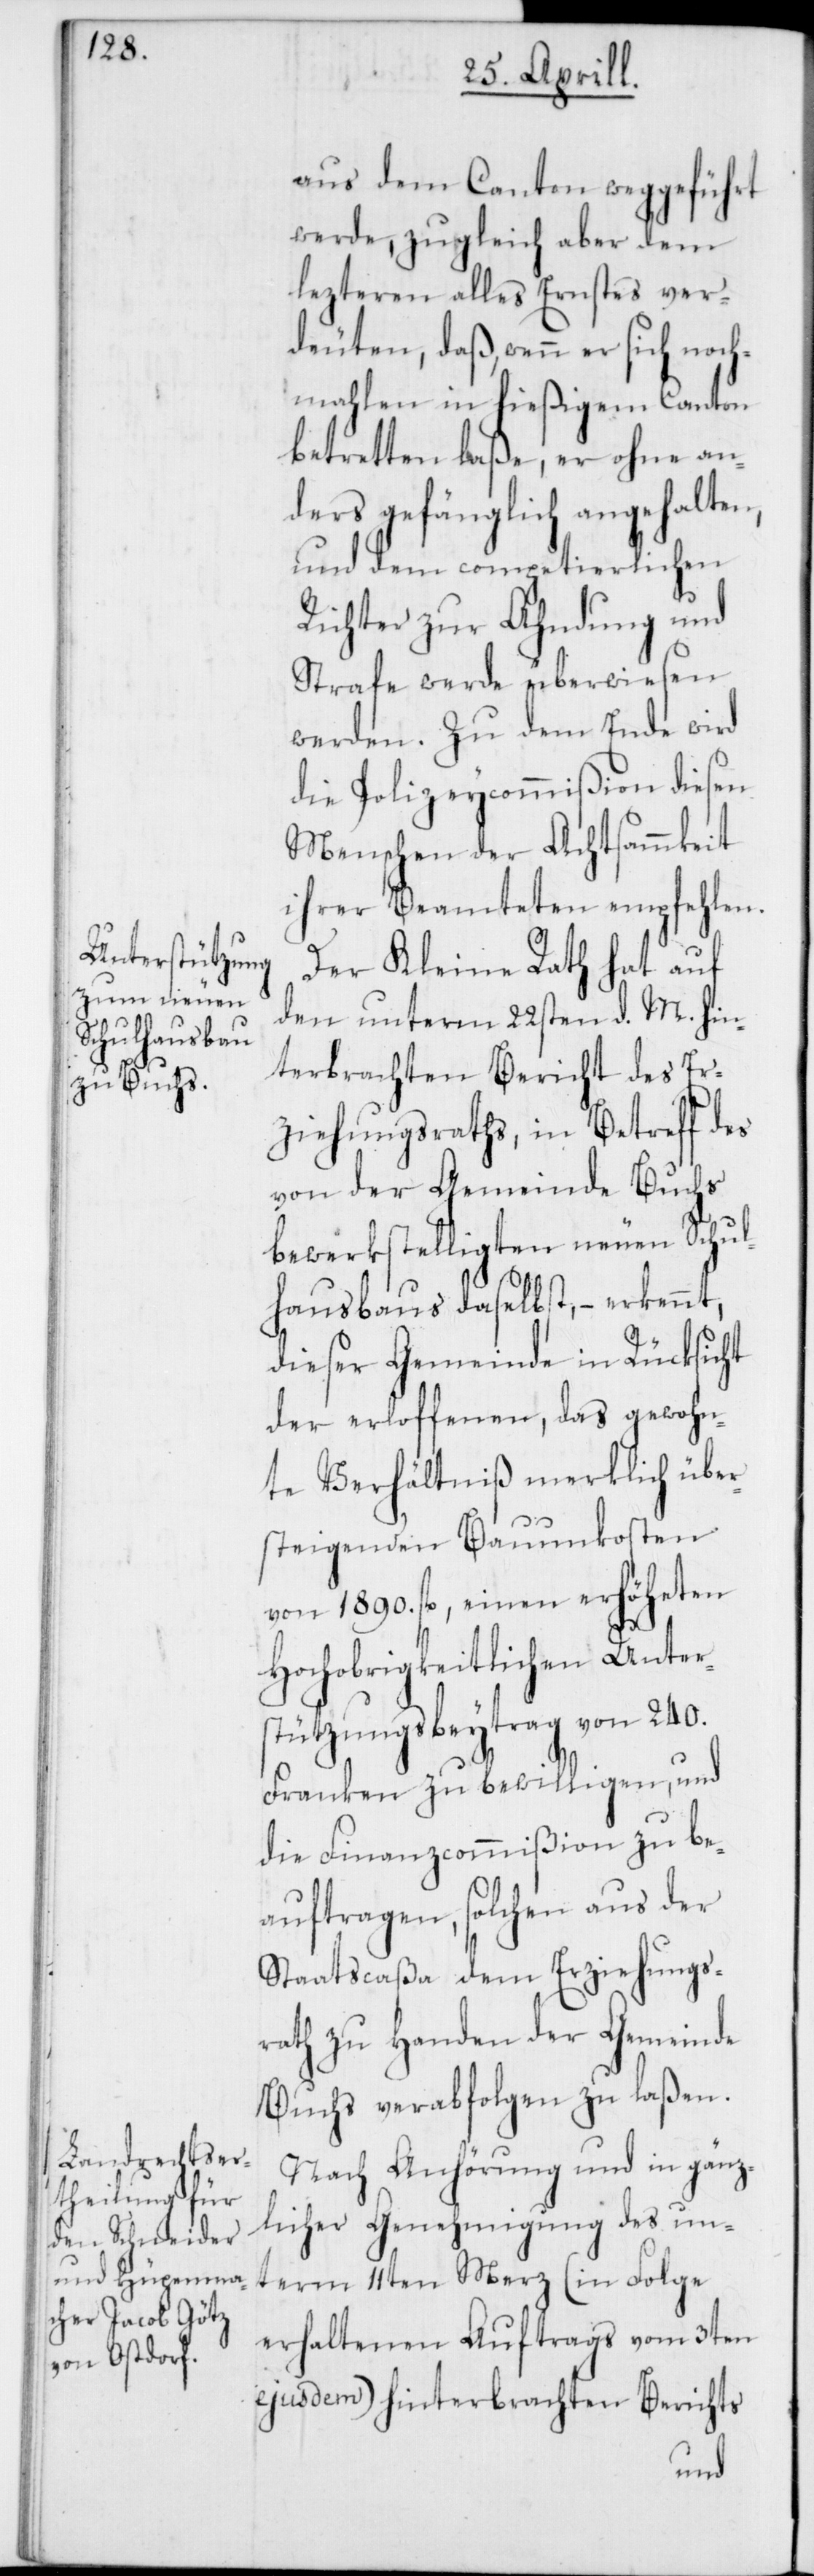
aus dem Canton weggeführt
werde, zugleich aber dem
lezteren alles Ernstes ver¬
deuten, daß, wenn er sich noch¬
mahlen in hießigem Canton
betretten laße, er ohne an¬
ders gefänglich angehalten,
und dem competierlichen
Richter zur Ahndung und
Strafe werde überwiesen
werden. Zu dem Ende wird
die Polizeycommißion diesen
Menschen der Achtsammkeit
ihrer Beamteten empfehlen.
Der Kleine Rath hat auf
den unterm 22sten d. M. hin¬
terbrachten Bericht des Er¬
ziehungsraths, in Betreff des
von der Gemeinde Buchs
bewerkstelligten neuen Schul¬
hausbaus daselbst,– erkennt,
dieser Gemeinde in Rücksicht
der erloffenen, das gewohn¬
te Verhältniß merklich über¬
steigenden Bauunkosten
von 1890. fl., einen erhöheten
Hochobrigkeitlichen Unter¬
stützungsbeytrag von 240.
Franken zu bewilligen, und
die Finanzcommißion zu be¬
auftragen, solchen aus der
Staatscaßa dem Erziehungs¬
rath zu Handen der Gemeinde
Buchs verabfolgen zu laßen.
Nach Anhörung und in gänz¬
licher Genehmigung des un¬
term 11ten Merz (in Folge
erhaltenen Auftrags vom 3ten
ejusdem) hinterbrachten Berichts